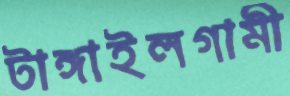
টাঙ্গাইলগামী